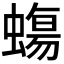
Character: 𧐀